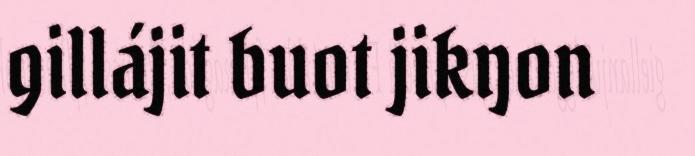
gillájit buot jikŋon